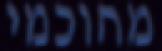
מחוכמי